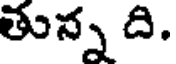
తున్న ది.